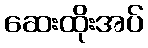
ဆေးထိုးအပ်